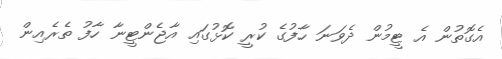
އެގޮތުން އެ ޓީމުން ދެވަނަ ހާފުގެ ކުރީ ކޮޅުގައި އާޖެންޓީނާ ހާފު ތެރެއިން